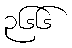
၃၆၆